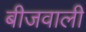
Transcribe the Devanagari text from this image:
बीजवाली